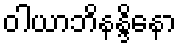
ဝါယာဘိနန္ဒိနော